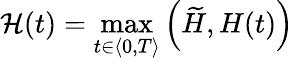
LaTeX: \mathcal{H}(t)=\displaystyle\operatorname*{max}_{t\in\langle 0,T\rangle}\left(\widetilde{H},H(t)\right)